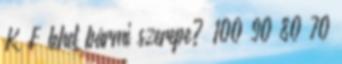
K F lehet bármi szerepe? 100 90 80 70